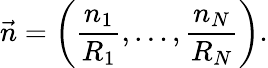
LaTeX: \vec{n}=\left(\frac{n_{1}}{R_{1}},\ldots,\frac{n_{N}}{R_{N}}\right).